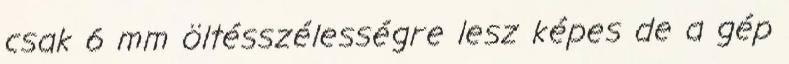
csak 6 mm öltésszélességre lesz képes de a gép